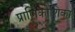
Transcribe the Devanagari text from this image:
प्राणिकोशिका